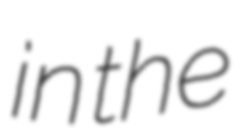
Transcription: in the